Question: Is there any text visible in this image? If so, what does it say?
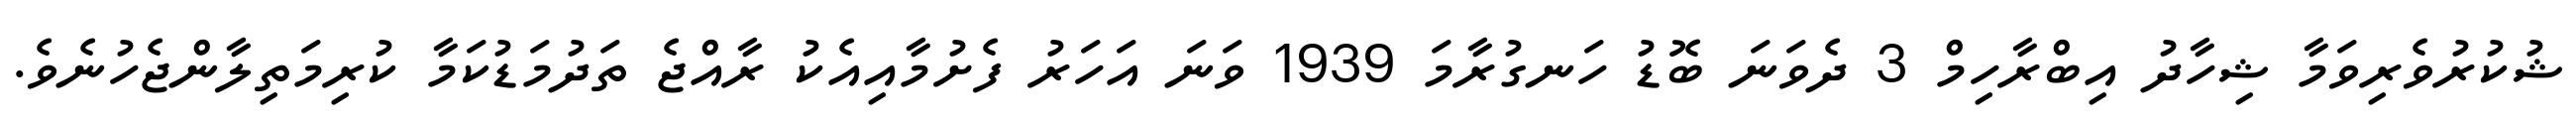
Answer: ޝުކުރުވެރިވަމާ ޝިހާދު އިބްރާހިމް 3 ދެވަނަ ބޮޑު ހަނގުރާމަ 1939 ވަނަ އަހަރު ފެށުމާއިއެކު ރާއްޖެ ތަދުމަޑުކަމާ ކުރިމަތިލާންޖެހުނެވެ.